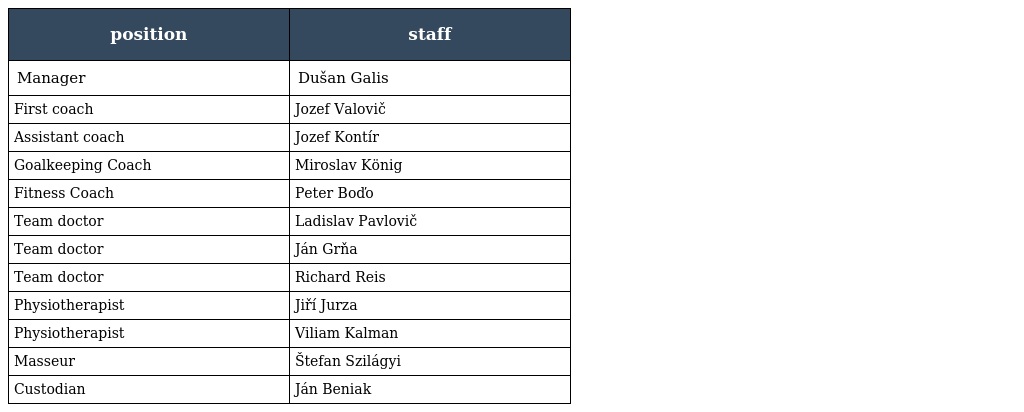
| position | staff |
 | --- | --- |
 | Manager | Dušan Galis |
 | First coach | Jozef Valovič |
 | Assistant coach | Jozef Kontír |
 | Goalkeeping Coach | Miroslav König |
 | Fitness Coach | Peter Boďo |
 | Team doctor | Ladislav Pavlovič |
 | Team doctor | Ján Grňa |
 | Team doctor | Richard Reis |
 | Physiotherapist | Jiří Jurza |
 | Physiotherapist | Viliam Kalman |
 | Masseur | Štefan Szilágyi |
 | Custodian | Ján Beniak |